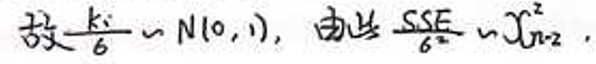
$\frac{\hat{\beta}_{1}-\beta_{1}}{\hat{\sigma}/\sqrt{S_{xx}}}\sim N(0,1),\ \  由  此 \frac{SSE}{\hat{\sigma}^{2}}\sim\chi_{n - 2}^{2}$